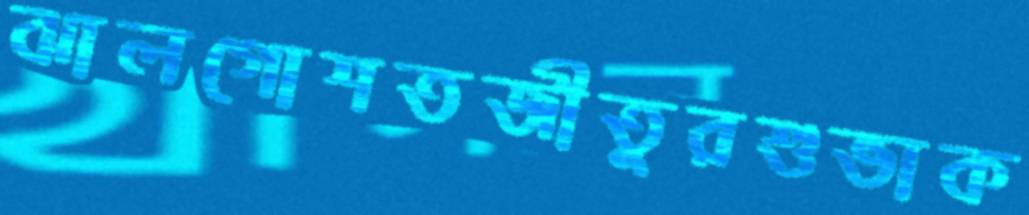
ঝালগোশতজীতুরশুভাক